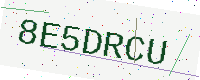
Text: 8E5DRCU